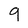
Character: g